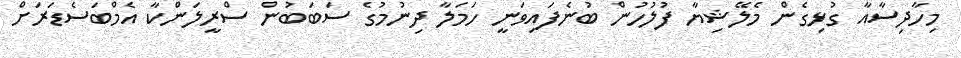
މިހާދިސާއާ ގުޅިގެން މެލޭޝިޔާ ފުލުހުން ބުނެފައިވަނީ ހަމަލާ ދިނުމުގެ ސަބަބުން ސްރީލަންކާ އެމްބަސެޑަރަށް